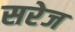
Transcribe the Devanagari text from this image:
सरेज